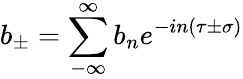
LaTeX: b_{\pm}=\sum_{-\infty}^{\infty}b_{n}e^{-in\left(\tau\pm\sigma\right)}